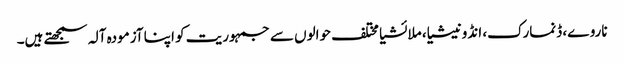
ناروے، ڈنمارک، انڈونیشیا، ملائشیا مختلف حوالوں سے جمہوریت کو اپنا آزمودہ آلہ سمجھتے ہیں۔